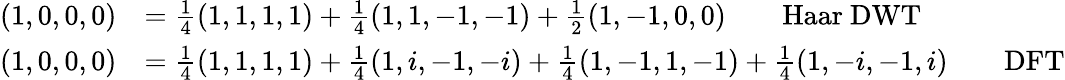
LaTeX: {\begin{array}{rl}{(1,0,0,0)}&{={\frac{1}{4}}(1,1,1,1)+{\frac{1}{4}}(1,1,-1,-1)+{\frac{1}{2}}(1,-1,0,0)\qquad{\mathrm{Haar~DWT}}}\\ {(1,0,0,0)}&{={\frac{1}{4}}(1,1,1,1)+{\frac{1}{4}}(1,i,-1,-i)+{\frac{1}{4}}(1,-1,1,-1)+{\frac{1}{4}}(1,-i,-1,i)\qquad{\mathrm{DFT}}}\end{array}}